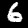
Label: 6